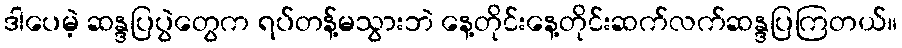
ဒါပေမဲ့ ဆန္ဒပြပွဲတွေက ရပ်တန့်မသွားဘဲ နေ့တိုင်းနေ့တိုင်းဆက်လက်ဆန္ဒပြကြတယ်။